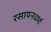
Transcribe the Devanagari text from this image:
रसायनधर्मा